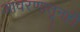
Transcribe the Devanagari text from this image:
आवरणातूनही